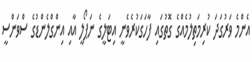
އެންމެ ވަރުގަދަ ކުރިމަތިލުމެއްގެ ގޮތުގައި ފާހަގަކުރެވެނީ އިޓަލީގެ ނަޕޯލީ އާއި އިންގްލެންޑުގެ ސްވަންސީ